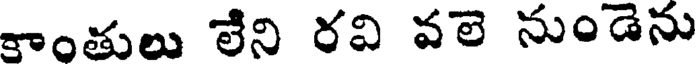
కాంతులు లేని రవి వలె నుండెను